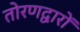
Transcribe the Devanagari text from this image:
तोरणद्वारों